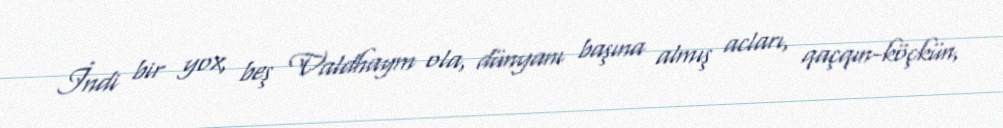
İndi bir yox, beş Valdhaym ola, dünyanı başına almış acları, qaçqın-köçkün,